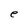
Character: e